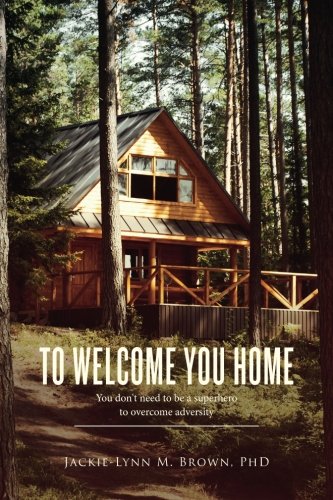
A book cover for To Welcome You Home: You don't need to be a superhero to overcome adversity; PhD, Jackie-Lynn M. Brown; Science Fiction & Fantasy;